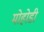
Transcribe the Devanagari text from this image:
मोहोडी